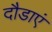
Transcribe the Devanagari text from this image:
दौडाएं